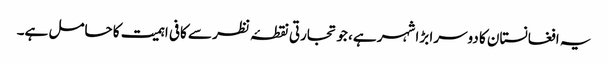
یہ افغانستان کا دوسرا بڑا شہر ہے، جو تجارتی نقطۂ نظر سے کافی اہمیت کا حامل ہے۔